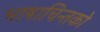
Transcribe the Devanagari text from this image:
भाषाचिन्तको